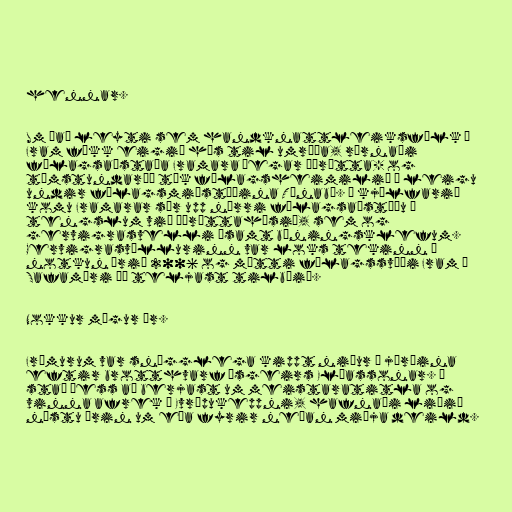
hennar.

Um það leyti sem handknattleiksfólk í
Fram fékk eigið hús til umráða, rýrnaði
félagsaðstaða Framara þegar Íþrótta- og
tómstundaráð tók félagsheimilið á leigu
undir félagsmiðstöðina Tónabæ. Í kjölfarið
komu Framarar sér upp nýrri félagsaðstöðu í
tengslum við íþróttahúsið, sem og
gervigrasvelli ásamt búningsklefum.
Gervigrasvöllurinn var loks tekinn í
notkun árið 2006 og mátti félagssvæði Fram í
Safamýri þá teljast tilbúið.

Nokkur mögur ár.

Frömurum var snögglega kippt niður á jörðina
eftir brotthvarf Ásgeirs Elíassonar. Í
stað þess að berjast um meistaratitla og
vinna afrek í Evrópukeppni, hafnaði liðið
næstu árin um eða fyrir neðan miðja deild.